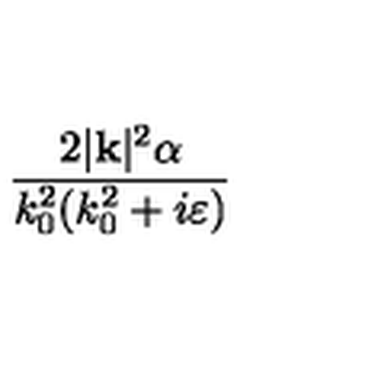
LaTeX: \frac { 2 | \mathbf { k } | ^ { 2 } \alpha } { k _ { 0 } ^ { 2 } ( k _ { 0 } ^ { 2 } + i \varepsilon ) }